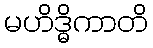
မဟိဒ္ဓိကာတိ